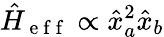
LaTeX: \hat{H}_{\mathrm{~e~f~f~}}\propto\hat{x}_{a}^{2}\hat{x}_{b}